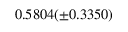
0 . 5 8 0 4 ( \pm 0 . 3 3 5 0 )